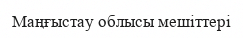
Маңғыстау облысы мешіттері